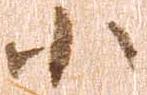
小